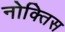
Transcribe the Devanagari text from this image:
नोक्तिस